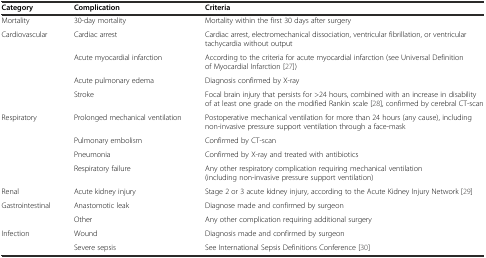
<table><thead><tr><td><b>Category</b></td><td><b>Complication</b></td><td><b>Criteria</b></td></tr></thead><tbody><tr><td>Mortality</td><td>30-day mortality</td><td>Mortality within the first 30 days after surgery</td></tr><tr><td rowspan="4">Cardiovascular</td><td>Cardiac arrest</td><td>Cardiac arrest, electromechanical dissociation, ventricular fibrillation, or ventricular tachycardia without output</td></tr><tr><td>Acute myocardial infarction</td><td>According to the criteria for acute myocardial infarction (see Universal Definition of Myocardial Infarction [27])</td></tr><tr><td>Acute pulmonary edema</td><td>Diagnosis confirmed by X-ray</td></tr><tr><td>Stroke</td><td>Focal brain injury that persists for &gt;24 hours, combined with an increase in disability of at least one grade on the modified Rankin scale [28], confirmed by cerebral CT-scan</td></tr><tr><td rowspan="4">Respiratory</td><td>Prolonged mechanical ventilation</td><td>Postoperative mechanical ventilation for more than 24 hours (any cause), including non-invasive pressure support ventilation through a face-mask</td></tr><tr><td>Pulmonary embolism</td><td>Confirmed by CT-scan</td></tr><tr><td>Pneumonia</td><td>Confirmed by X-ray and treated with antibiotics</td></tr><tr><td>Respiratory failure</td><td>Any other respiratory complication requiring mechanical ventilation (including non-invasive pressure support ventilation)</td></tr><tr><td>Renal</td><td>Acute kidney injury</td><td>Stage 2 or 3 acute kidney injury, according to the Acute Kidney Injury Network [29]</td></tr><tr><td rowspan="2">Gastrointestinal</td><td>Anastomotic leak</td><td>Diagnose made and confirmed by surgeon</td></tr><tr><td>Other</td><td>Any other complication requiring additional surgery</td></tr><tr><td>Infection</td><td>Wound</td><td>Diagnosis made and confirmed by surgeon</td></tr><tr><td></td><td>Severe sepsis</td><td>See International Sepsis Definitions Conference [30]</td></tr></tbody></table>